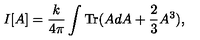
I [ A ] = \frac { k } { 4 \pi } \int \mathrm { T r } ( A d A + \frac { 2 } { 3 } A ^ { 3 } ) ,